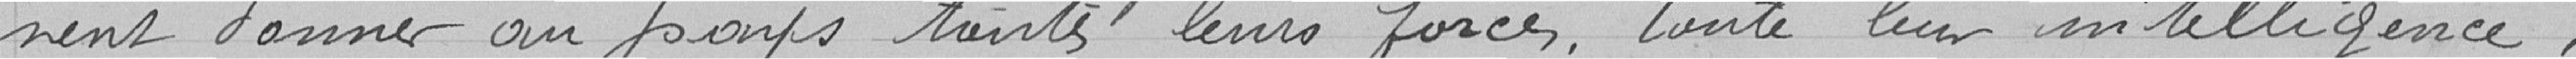
vent donner au pays toutes leurs forces, toute leur intélligence ;